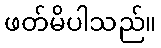
ဖတ်မိပါသည်။